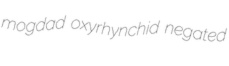
mogdad oxyrhynchid negated